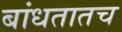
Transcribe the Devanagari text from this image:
बांधतातच